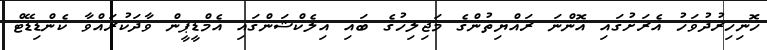
ހޮނިހިރުދުވަހު އެރަށުގައި އޮންނަ ރައްޔިތުންގެ މަޖިލިހުގެ ބައި އިލެކްޝަންގައި އެމްޑީޕީން ވާދަކުރައްވާ ކެންޑިޑޭޓް